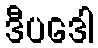
ဒီပဒေါ